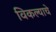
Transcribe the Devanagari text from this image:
विकल्याचे